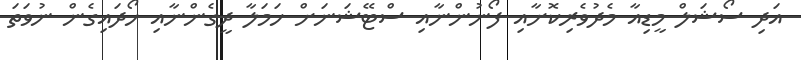
އަދި ސޯޝަލް މީޑިއާ މެދުވެރިކޮށާއި ފޯނުންނާއި ސްޓޭޝަނަށް ހަމަލާ ދީގެންނާއި ހޯދައިގެން ނުވަތަ